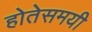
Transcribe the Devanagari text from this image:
होतेसमयी